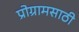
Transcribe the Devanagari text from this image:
प्रोग्रामसाठी